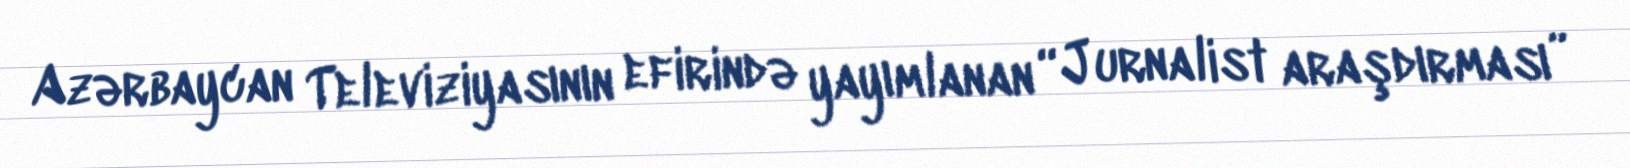
Azərbaycan Televiziyasının efirində yayımlanan “Jurnalist araşdırması”